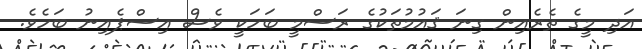
އަދި މީގެ ތެރެއިން ގިނަ ޤައުމުތަކުގެ ރަސްމީ ބަހަކީ ވެސް އިސްޕެއިނު ބަހެވެ.